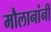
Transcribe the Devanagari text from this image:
मौलानांनी